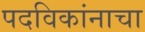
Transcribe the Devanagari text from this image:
पदविकांनाचा